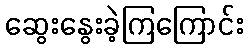
ဆွေးနွေးခဲ့ကြကြောင်း